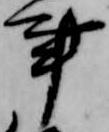
事